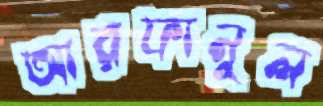
আরফানুল